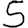
Digit: 5